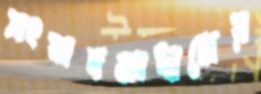
সংবাদমাধ্যমের